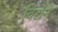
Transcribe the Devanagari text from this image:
विद्येने